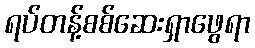
ရပ်တန့်စစ်ဆေးရှာဖွေရာ